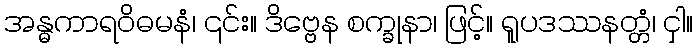
အန္ဓကာရဝိဓမနံ၊ ၎င်း။ ဒိဗ္ဗေန စက္ခုနာ၊ ဖြင့်။ ရူပဒဿနတ္တံ၊ ငှါ။